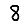
Digit: 8